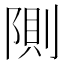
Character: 𲉘